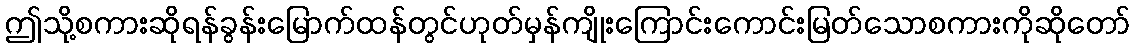
ဤသို့စကားဆိုရန်ခွန်းမြောက်ထန်တွင်ဟုတ်မှန်ကျိုးကြောင်းကောင်းမြတ်သောစကားကိုဆိုတော်